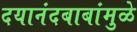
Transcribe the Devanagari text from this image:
दयानंदबाबांमुळे